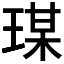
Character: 𤧀